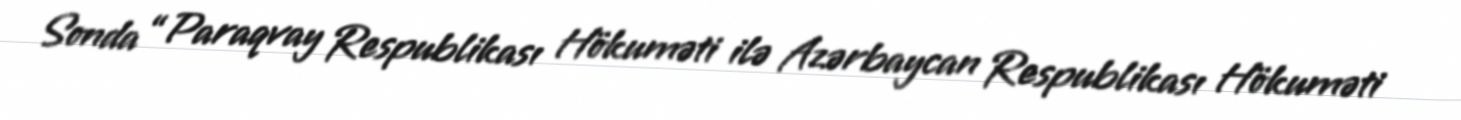
Sonda “Paraqvay Respublikası Hökuməti ilə Azərbaycan Respublikası Hökuməti